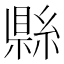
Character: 𬗫